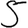
Digit: 5